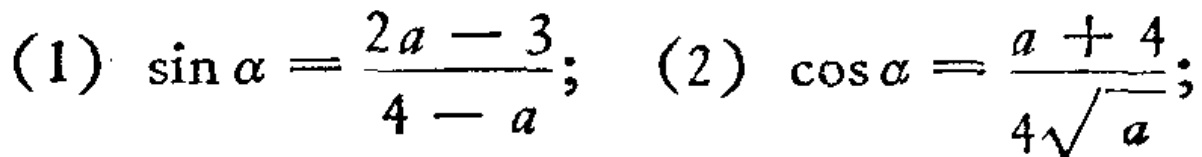
(1) \(\sin\alpha=\frac{2a - 3}{4 - a}\); (2) \(\cos\alpha=\frac{a + 4}{4\sqrt{a}}\);